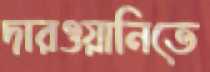
দারওয়ানিতে